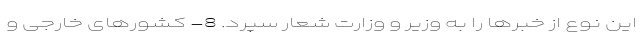
این نوع از خبرها را به وزیر و وزارت شعار سپرد. 8- کشورهای خارجی و